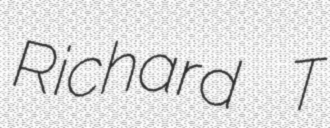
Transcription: Richard T